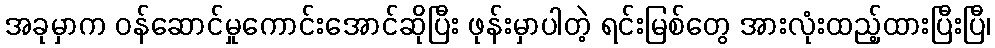
အခုမှာက ဝန်ဆောင်မှုကောင်းအောင်ဆိုပြီး ဖုန်းမှာပါတဲ့ ရင်းမြစ်တွေ အားလုံးထည့်ထားပြီးပြီ၊